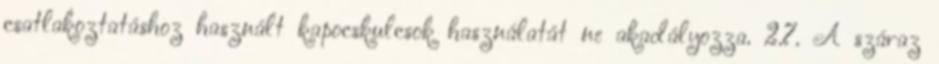
csatlakoztatáshoz használt kapocskulcsok használatát ne akadályozza. 2.7. A száraz